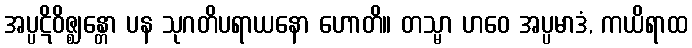
အပ္ပဋိဝိဇ္ဈန္တော ပန သုဂတိပရာယနော ဟောတိ။ တသ္မာ ဟဝေ အပ္ပမာဒံ, ကယိရာထ